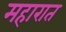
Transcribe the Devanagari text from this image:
महारात